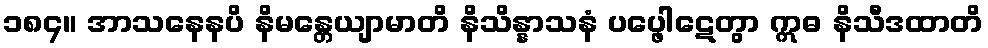
၁၈၄။ အာသနေနပိ နိမန္တေယျာမာတိ နိသိန္နာသနံ ပပ္ဖေါဋေတွာ ဣဓ နိသီဒထာတိ